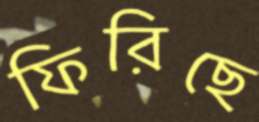
ফিরিছে